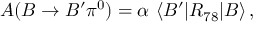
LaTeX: { \cal A } ( B \rightarrow B ^ { \prime } \pi ^ { 0 } ) = \alpha \ \langle B ^ { \prime } | R _ { 7 8 } | B \rangle \, ,